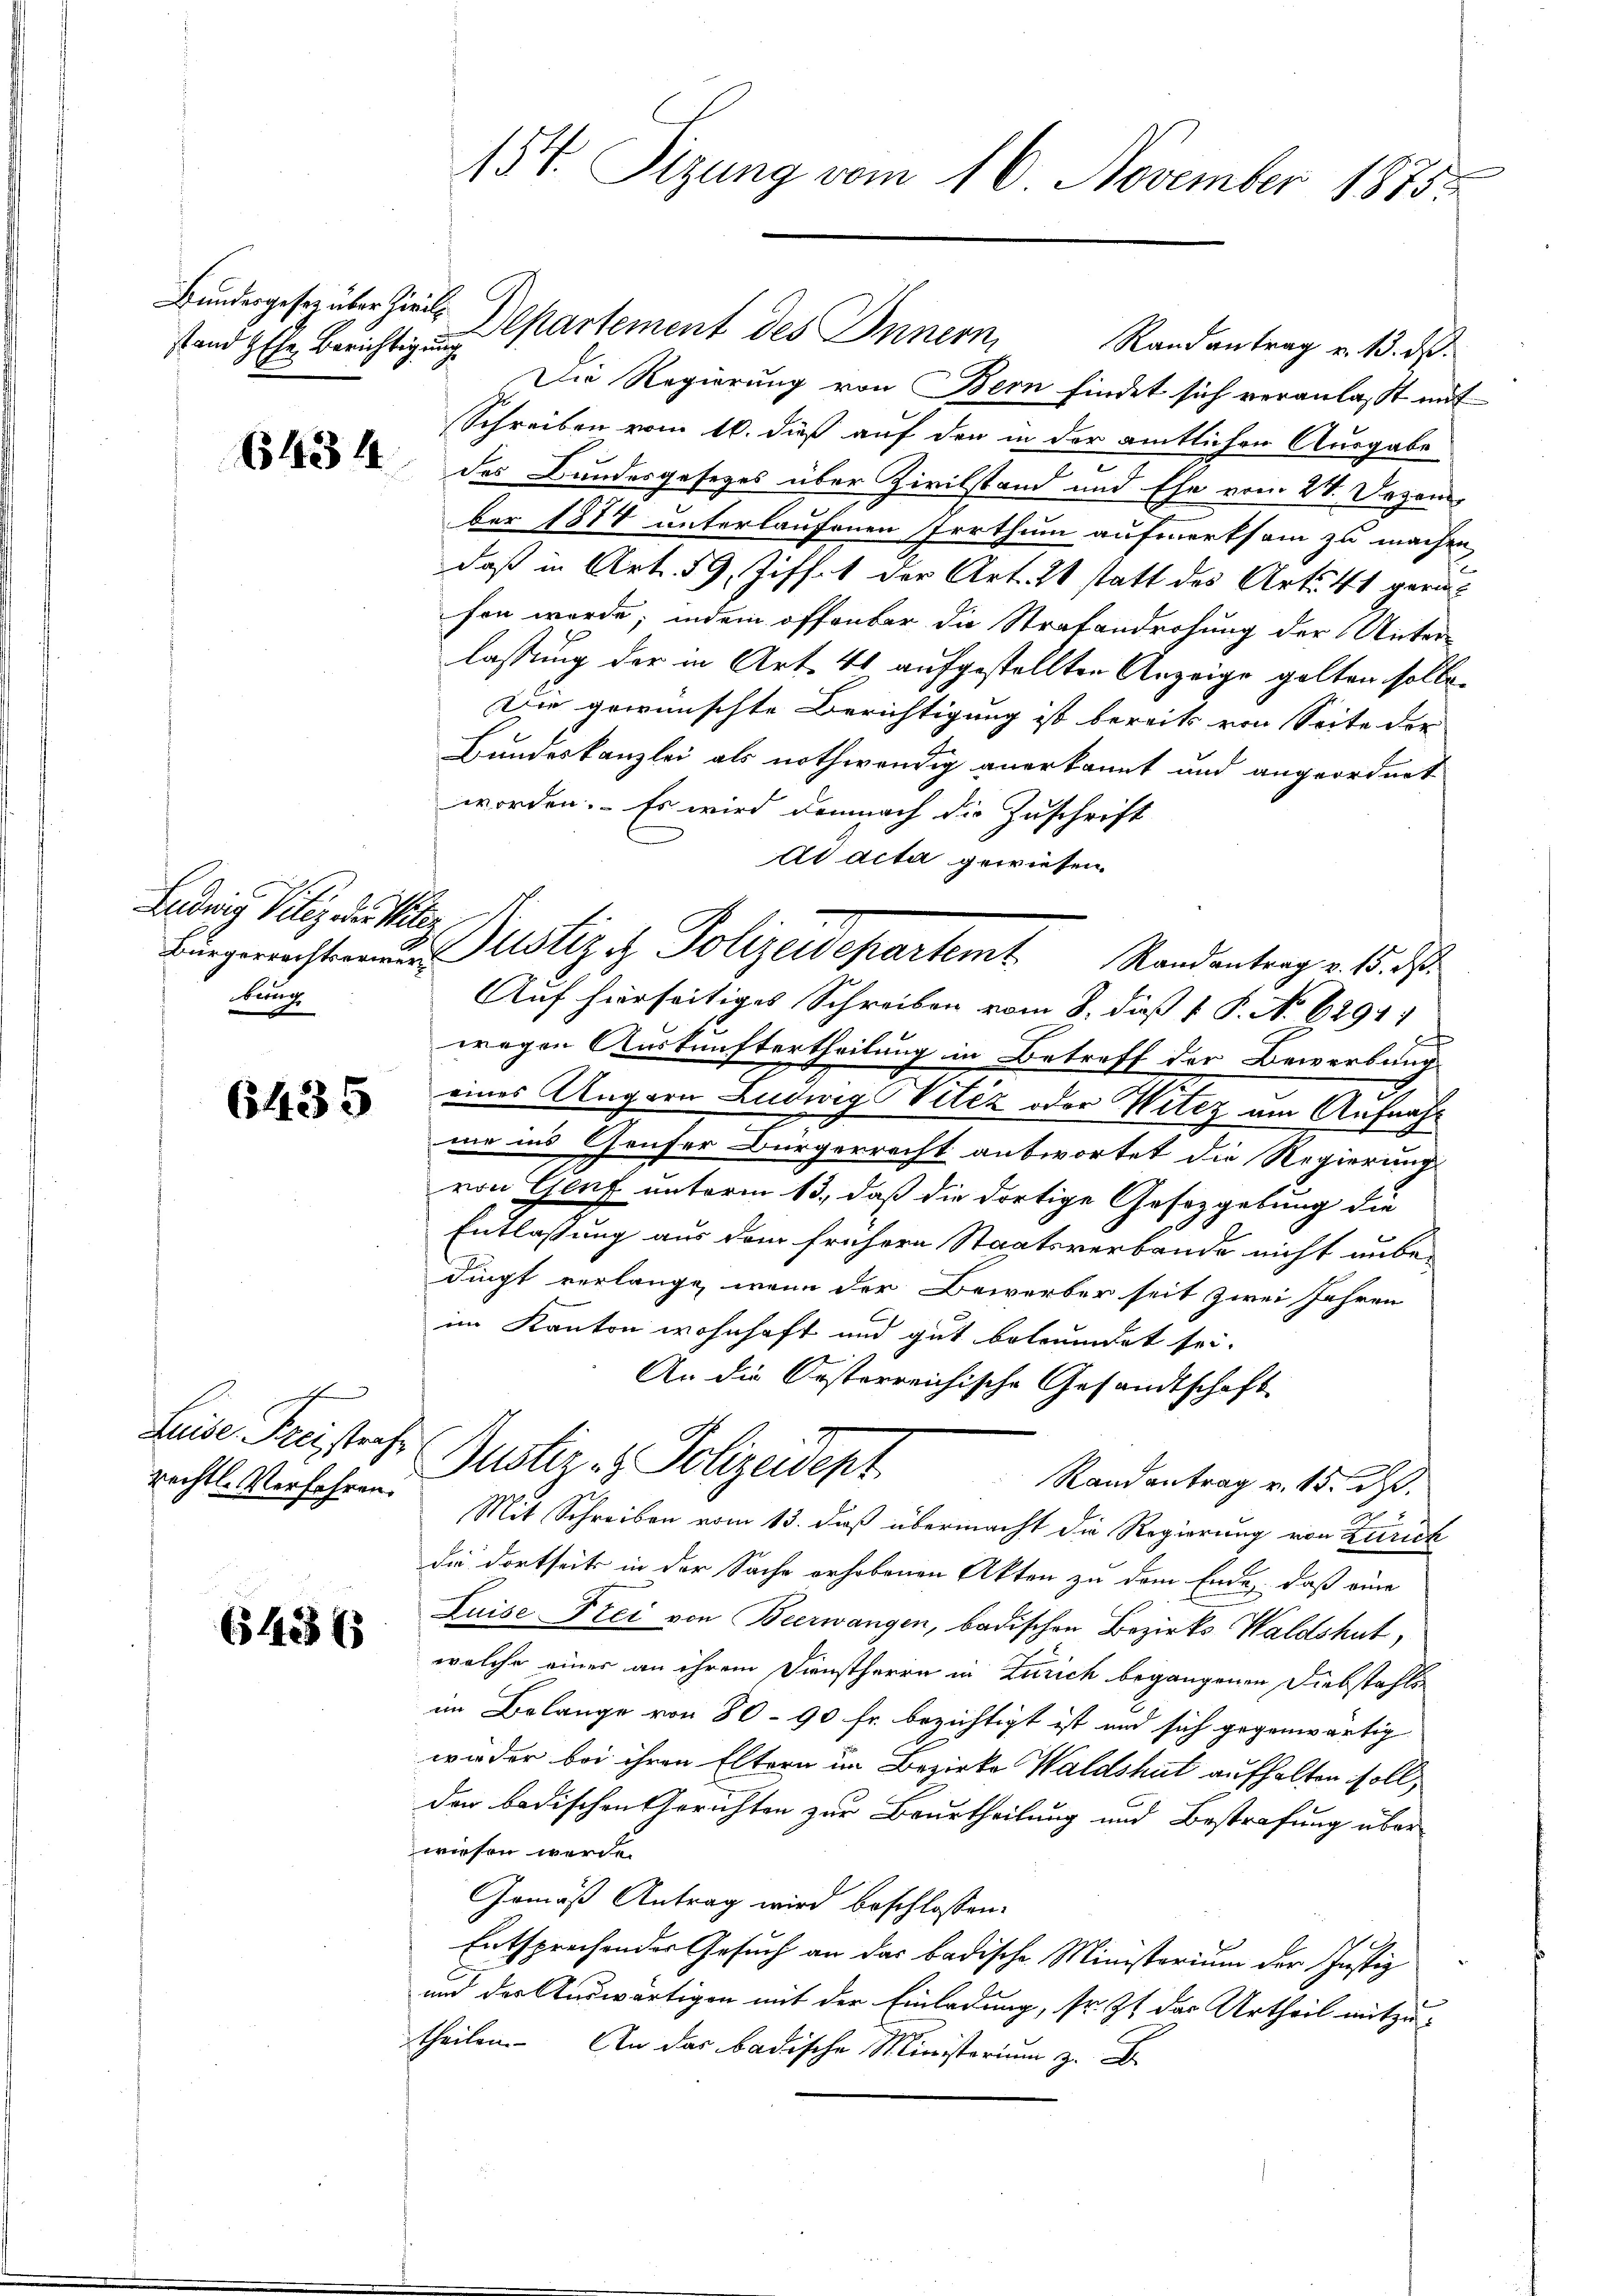
stand Ehe Berichtigung

6434

Ladung Vitez die Miter
benth

6435

Luise Freistrafe
rechtl. Verfahren.

(5436

154. Sizung vom 16. November 1875.

Bundesgesetz über hier Departement des Innern,

Randantrag v. 13. ds.
Die Regierung von Bern findet sich veranlasst mit
Schreiben vom 16. dieß auf den in der amtlichen Ausgabe
des Bundesgesezes über Zivilstand und Ehe vom 28. Dezem
ber 1874 unterlaufenen Irrthum aufmerksam zu machen
daß in Art. 59, Ziffet der Art. 21 statt des Art. 41 gerin
fen werde; indem offenbar die Strafandrohung der Unter-
lassung der in Art. 41 aufgestellten Anzeige gelten solle.
Die gewünschte Berichtigung ist bereits von Seite der
Bundeskanzlei als nothwendig anerkannt und angeordnet
worden. Es wird demnach die Zuschrift
ad acta gewiesen.
Auf hierseitiges Schreiben vom 8. dieß v. P. No 62911
wegen Auskunftertheilung in Betreff der Bewerbung
eines Angern Ludwig Vitéz oder Witez um Aufnahme ins Genfer Bürgerrecht antwortet die Regierungs
von Genf unterm 13., daß die dortige Gesetzgelung die
Entlassung aus dem frühere Staatsverbande nicht unbedingt verlange, wenn der Bewerber seit zwei Jahren
im Kanton wohnhaft und gut betreidet sei.
An die Oesterreichische Gesandtschaft
Justiz- & Polizeidept
Randantrag v. 15. dß.
Mit Schreiben vom 13. daß übermacht die Regierung von Zürich
die dortseits in der Sache erhobenen Akten zu dem Ende, daß eine
Luise-Frei von Bierwangen, badischen Bezirks Waldshut,
welche einer an ihrem Dienstherrn in Zürich begangenen Diebstahls
im Belange von 80 - 90 fr. berichtigt ist und sich gegenwärtig
wieder bei ihren Eltern im Bezirke Waldshut aufhalten soll,
der badischen Gerichten zur Beurtheilung und Bestrafung über
wiesen werde.
Gemäß Antrag wird beschlossen:
Entsprechender Gesuch an das badische Ministerium der Justiz
und der Auswärtigen mit der Einladung, sr. Zt. das Urtheil mitzu
theilen. An das badische Ministerium z. B.

Bürgerrechten d. Justiz & Polizeidepartem Randantrag v. 18. d.